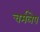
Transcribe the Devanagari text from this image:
चर्मलेप